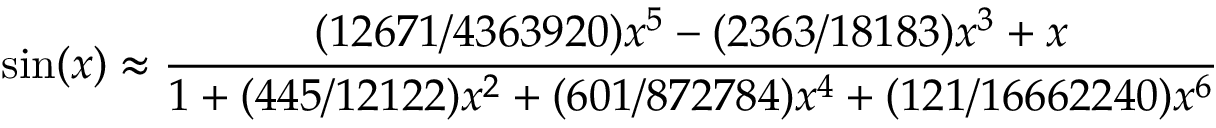
\sin ( x ) \approx { \frac { ( 1 2 6 7 1 / 4 3 6 3 9 2 0 ) x ^ { 5 } - ( 2 3 6 3 / 1 8 1 8 3 ) x ^ { 3 } + x } { 1 + ( 4 4 5 / 1 2 1 2 2 ) x ^ { 2 } + ( 6 0 1 / 8 7 2 7 8 4 ) x ^ { 4 } + ( 1 2 1 / 1 6 6 6 2 2 4 0 ) x ^ { 6 } } }